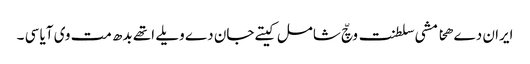
ایران دے ھخامشی سلطنت وچّ شامل کیتے جان دے ویلے اتھے بدھ مت وی آیا سی ۔